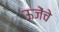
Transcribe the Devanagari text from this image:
ऊजेंचे